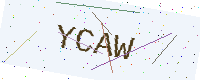
Text: YCAW